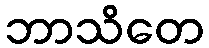
ဘာသိတေ